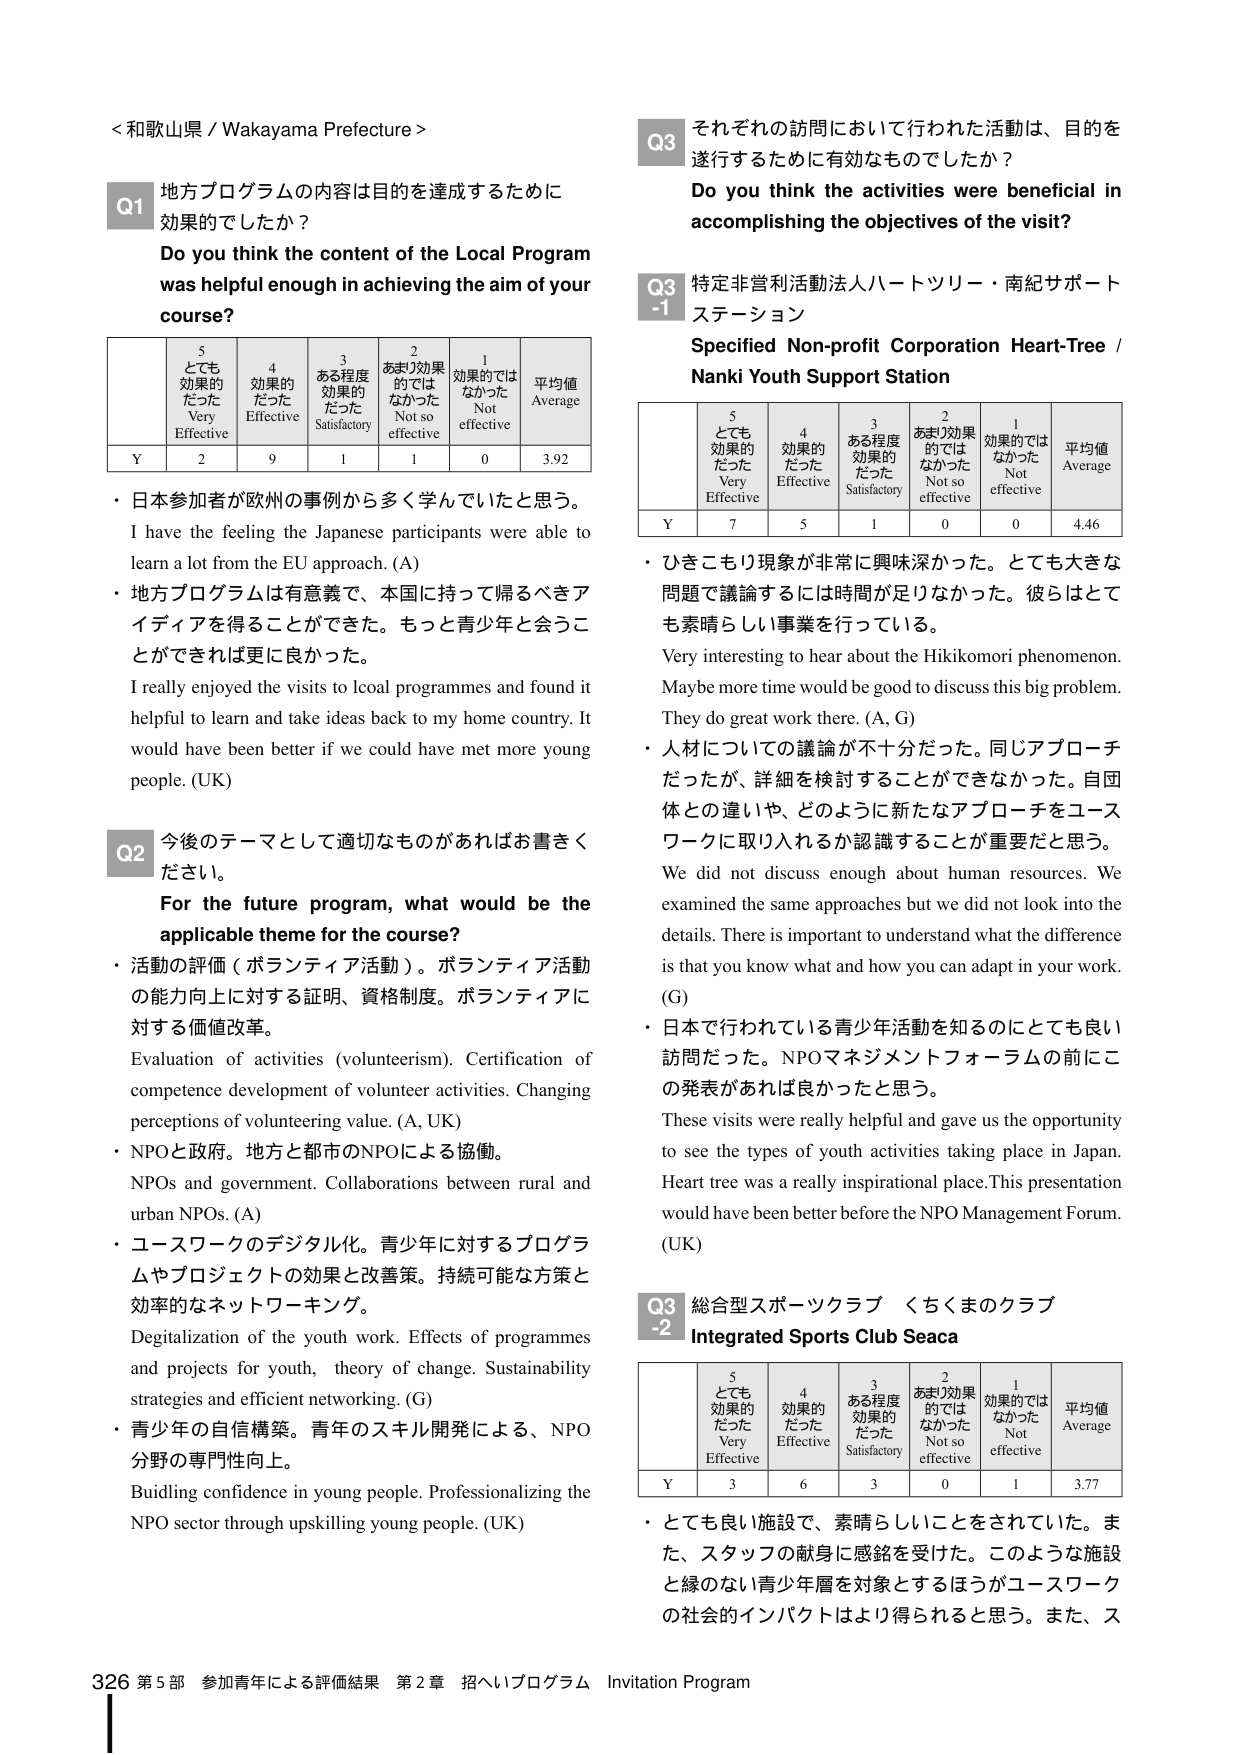
<和歌山県 / Wakayama Prefecture>

Q1 地方プログラムの内容は目的を達成するために効果的でしたか？
Do you think the content of the Local Program was helpful enough in achieving the aim of your course?

| | 5 とても効果的だった Very Effective | 4 効果的だった Effective | 3 ある程度効果的だった Satisfactory | 2 あまり効果的ではなかった Not so effective | 1 効果的ではなかった Not effective | 平均値 Average |
|---|---|---|---|---|---|---|
| Y | 2 | 9 | 1 | 1 | 0 | 3.92 |

・日本参加者が欧州の事例から多く学んでいたと思う。
I have the feeling the Japanese participants were able to learn a lot from the EU approach. (A)
・地方プログラムは有意義で、本国に持って帰るべきアイディアを得ることができた。もっと青少年と会うことができれば更に良かった。
I really enjoyed the visits to local programmes and found it helpful to learn and take ideas back to my home country. It would have been better if we could have met more young people. (UK)

Q2 今後のテーマとして適切なものがあればお書きください。
For the future program, what would be the applicable theme for the course?

・活動の評価（ボランティア活動）。ボランティア活動の能力向上に対する証明、資格制度。ボランティアに対する価値改革。
Evaluation of activities (volunteerism). Certification of competence development of volunteer activities. Changing perceptions of volunteering value. (A, UK)
・NPOと政府。地方と都市のNPOによる協働。
NPOs and government. Collaborations between rural and urban NPOs. (A)
・ユースワークのデジタル化。青少年に対するプログラムやプロジェクトの効果と改善策。持続可能な方策と効率的なネットワーキング。
Digitalization of the youth work. Effects of programmes and projects for youth, theory of change. Sustainability strategies and efficient networking. (G)
・青少年の自信構築。青年のスキル開発による、NPO分野の専門性向上。
Building confidence in young people. Professionalizing the NPO sector through upskilling young people. (UK)

Q3 それぞれの訪問において行われた活動は、目的を遂行するために有効なものでしたか？
Do you think the activities were beneficial in accomplishing the objectives of the visit?

Q3-1 特定非営利活動法人ハートツリー・南紀サポートステーション
Specified Non-profit Corporation Heart-Tree / Nanki Youth Support Station

| | 5 とても効果的だった Very Effective | 4 効果的だった Effective | 3 ある程度効果的だった Satisfactory | 2 あまり効果的ではなかった Not so effective | 1 効果的ではなかった Not effective | 平均値 Average |
|---|---|---|---|---|---|---|
| Y | 7 | 5 | 1 | 0 | 0 | 4.46 |

・ひきこもり現象が非常に興味深かった。とても大きな問題で議論するには時間が足りなかった。彼らはとても素晴らしい事業を行っている。
Very interesting to hear about the Hikikomori phenomenon. Maybe more time would be good to discuss this big problem. They do great work there. (A, G)
・人材についての議論が不十分だった。同じアプローチだったが、詳細を検討することができなかった。自団体との違いや、どのように新たなアプローチをユースワークに取り入れるか認識することが重要だと思う。
We did not discuss enough about human resources. We examined the same approaches but we did not look into the details. There is important to understand what the difference is that you know what and how you can adapt in your work. (G)
・日本で行われている青少年活動を知るのにとっても良い訪問だった。NPOマネジメントフォーラムの前にこの発表があれば良かったと思う。
These visits were really helpful and gave us the opportunity to see the types of youth activities taking place in Japan. Heart tree was a really inspirational place. This presentation would have been better before the NPO Management Forum. (UK)

Q3-2 総合型スポーツクラブ くちくまのクラブ
Integrated Sports Club Seaca

| | 5 とても効果的だった Very Effective | 4 効果的だった Effective | 3 ある程度効果的だった Satisfactory | 2 あまり効果的ではなかった Not so effective | 1 効果的ではなかった Not effective | 平均値 Average |
|---|---|---|---|---|---|---|
| Y | 3 | 6 | 3 | 0 | 1 | 3.77 |

・とても良い施設で、素晴らしいことをされていた。また、スタッフの献身に感銘を受けた。このような施設と縁のない青少年層を対象とするほうがユースワークの社会的インパクトはより得られると思う。また、ス

326 第5部 参加青年による評価結果 第2章 招へいプログラム Invitation Program